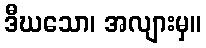
ဒီဃသော၊ အလျားမှ။